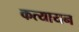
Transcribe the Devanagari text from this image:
कत्यायन